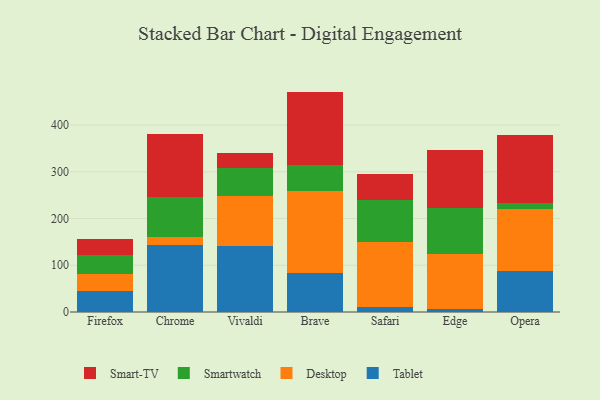
{"axis": {"x": "Browser", "y": "Tickets Resolved"}, "legend": ["Desktop", "Smart-TV", "Smartwatch", "Tablet"], "data": [{"x": "Firefox", "y": 45.6, "type": "Tablet"}, {"x": "Firefox", "y": 36.1, "type": "Desktop"}, {"x": "Firefox", "y": 40.8, "type": "Smartwatch"}, {"x": "Firefox", "y": 32.7, "type": "Smart-TV"}, {"x": "Chrome", "y": 143.7, "type": "Tablet"}, {"x": "Chrome", "y": 15.9, "type": "Desktop"}, {"x": "Chrome", "y": 86.4, "type": "Smartwatch"}, {"x": "Chrome", "y": 134.5, "type": "Smart-TV"}, {"x": "Vivaldi", "y": 141.4, "type": "Tablet"}, {"x": "Vivaldi", "y": 107.5, "type": "Desktop"}, {"x": "Vivaldi", "y": 59.1, "type": "Smartwatch"}, {"x": "Vivaldi", "y": 32.5, "type": "Smart-TV"}, {"x": "Brave", "y": 83.4, "type": "Tablet"}, {"x": "Brave", "y": 175.4, "type": "Desktop"}, {"x": "Brave", "y": 56.5, "type": "Smartwatch"}, {"x": "Brave", "y": 156.4, "type": "Smart-TV"}, {"x": "Safari", "y": 10.7, "type": "Tablet"}, {"x": "Safari", "y": 139.8, "type": "Desktop"}, {"x": "Safari", "y": 90.0, "type": "Smartwatch"}, {"x": "Safari", "y": 55.5, "type": "Smart-TV"}, {"x": "Edge", "y": 7.5, "type": "Tablet"}, {"x": "Edge", "y": 116.9, "type": "Desktop"}, {"x": "Edge", "y": 98.5, "type": "Smartwatch"}, {"x": "Edge", "y": 123.3, "type": "Smart-TV"}, {"x": "Opera", "y": 88.4, "type": "Tablet"}, {"x": "Opera", "y": 132.5, "type": "Desktop"}, {"x": "Opera", "y": 11.9, "type": "Smartwatch"}, {"x": "Opera", "y": 146.3, "type": "Smart-TV"}]}